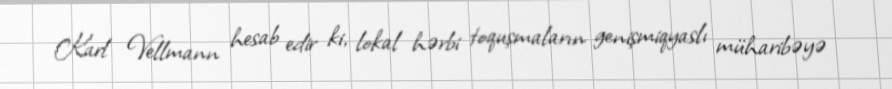
Karl Vellmann hesab edir ki, lokal hərbi toquşmaların genişmiqyaslı müharibəyə